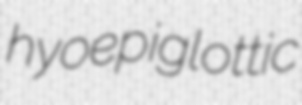
hyoepiglottic